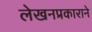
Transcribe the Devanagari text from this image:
लेखनप्रकाराने